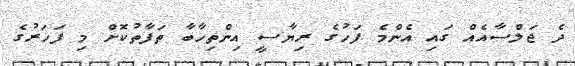
ދެ ޖަލްސާއެއް ގައި އެންމެ ފަހުގެ ރިޔާސީ އިންތިހާބާ ތަފާތުކޮށް މި ފަހަރުގެ